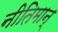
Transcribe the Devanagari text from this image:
नीतिमान्